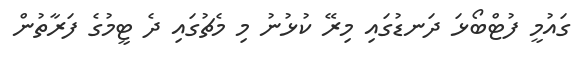
ގައުމީ ފުޓްބޯޅަ ދަނޑުގައި މިރޭ ކުޅުނު މި މެޗުގައި ދެ ޓީމުގެ ފަރާތުން